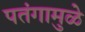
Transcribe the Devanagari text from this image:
पतंगामुळे